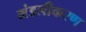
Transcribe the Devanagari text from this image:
मंडलीकरण